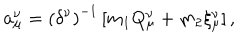
{ \bf a } _ { \mu } ^ { \nu } = \left( \delta ^ { \nu } \right) ^ { - 1 } \left[ m _ { 1 } Q _ { \mu } ^ { \nu } + m _ { 2 } \xi _ { \mu } ^ { \nu } \right] ,